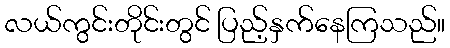
လယ်ကွင်းတိုင်းတွင် ပြည့်နှက်နေကြသည်။